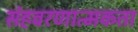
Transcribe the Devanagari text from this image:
संहवरणात्मकता